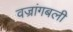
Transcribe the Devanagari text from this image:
वज्रांगबली